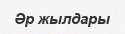
Әр жылдары